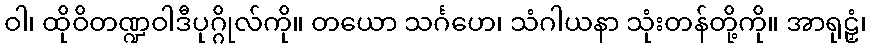
ဝါ၊ ထိုဝိတဏ္ဍဝါဒီပုဂ္ဂိုလ်ကို။ တယော သင်္ဂဟေ၊ သံဂါယနာ သုံးတန်တို့ကို။ အာရုဠှံ၊